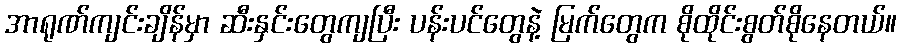
အာရုဏ်ကျင်းချိန်မှာ ဆီးနှင်းတွေကျပြီး ပန်းပင်တွေနဲ့ မြက်တွေက စိုထိုင်းစွတ်စိုနေတယ်။